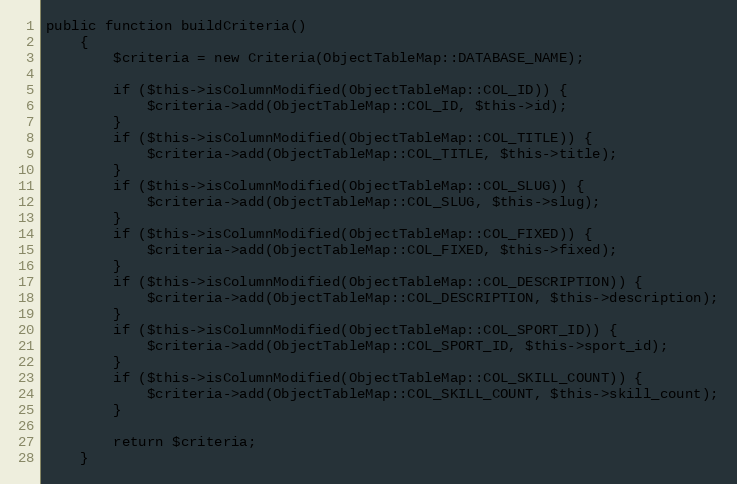
Language: PHP
public function buildCriteria()
    {
        $criteria = new Criteria(ObjectTableMap::DATABASE_NAME);

        if ($this->isColumnModified(ObjectTableMap::COL_ID)) {
            $criteria->add(ObjectTableMap::COL_ID, $this->id);
        }
        if ($this->isColumnModified(ObjectTableMap::COL_TITLE)) {
            $criteria->add(ObjectTableMap::COL_TITLE, $this->title);
        }
        if ($this->isColumnModified(ObjectTableMap::COL_SLUG)) {
            $criteria->add(ObjectTableMap::COL_SLUG, $this->slug);
        }
        if ($this->isColumnModified(ObjectTableMap::COL_FIXED)) {
            $criteria->add(ObjectTableMap::COL_FIXED, $this->fixed);
        }
        if ($this->isColumnModified(ObjectTableMap::COL_DESCRIPTION)) {
            $criteria->add(ObjectTableMap::COL_DESCRIPTION, $this->description);
        }
        if ($this->isColumnModified(ObjectTableMap::COL_SPORT_ID)) {
            $criteria->add(ObjectTableMap::COL_SPORT_ID, $this->sport_id);
        }
        if ($this->isColumnModified(ObjectTableMap::COL_SKILL_COUNT)) {
            $criteria->add(ObjectTableMap::COL_SKILL_COUNT, $this->skill_count);
        }

        return $criteria;
    }